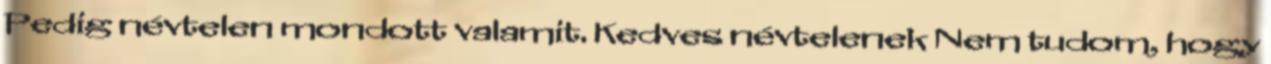
Pedig névtelen mondott valamit. Kedves névtelenek Nem tudom, hogy